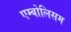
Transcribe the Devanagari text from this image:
एम्बोलिसम